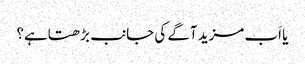
یا اَب مزید آگے کی جانب بڑھتاہے؟